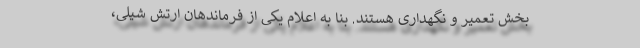
بخش تعمیر و نگهداری هستند. بنا به اعلام یکی از فرماندهان ارتش شیلی،